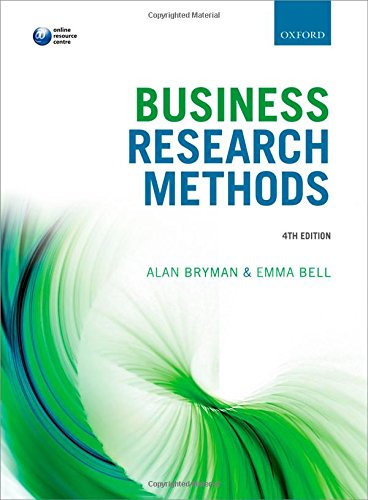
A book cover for Business Research Methods; Alan Bryman; Business & Money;